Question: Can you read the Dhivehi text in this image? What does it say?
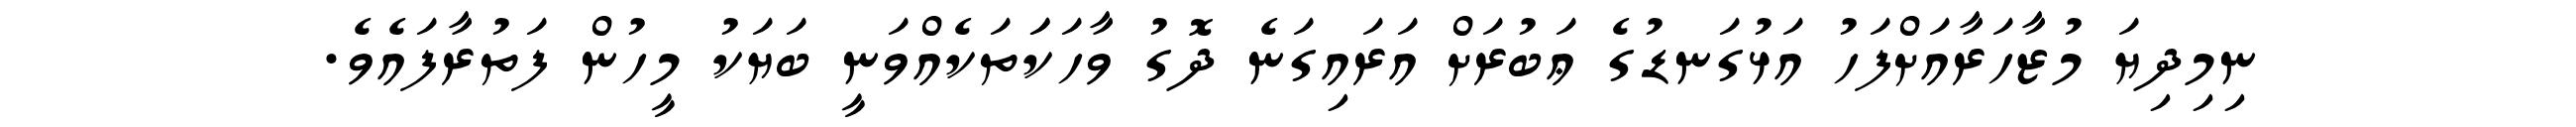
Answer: ނިމިދިޔަ މުޒާހަރާއަށްފަހު އަޅުގަނޑުގެ ޢަބުރަށް އަރައިގަނެ ދޮގު ވާހަކަަތަކެއްވަނީ ބަޔަކު މީހުން ފަތުރާފައެވެ.